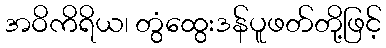
အဝိကိရိယ၊ တွံထွေးဒန်ပူဖတ်တို့ဖြင့်